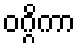
ဝဂ္ဂိကာ